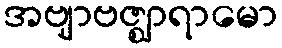
အဗျာဗဇ္ဈာရာမော